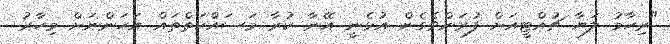
"ރިހާމު ލަޔާ ޗުއްޓީއަށް ފުރަންވެގެން އުޅެނީ އޭނާ ކުރާ މަސައްކަތްތައް އަހަންނަށް މިހާރު